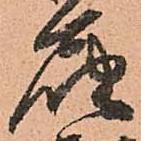
届